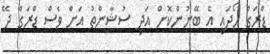
ޑްރަގް ހޯދައި އެ ބޭނުންކޮށް އަދި ސުޝާންތު އަށް ވެސް ޑްރަގް ދޭ